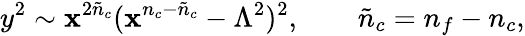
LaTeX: y^{2}\sim\mathbf{x}^{2{\tilde{{n}}}_{c}}(\mathbf{x}^{n_{c}-{\tilde{{n}}}_{c}}-\Lambda^{2})^{2},\qquad{\tilde{{n}}}_{c}=n_{f}-n_{c},